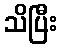
သိပြီး